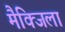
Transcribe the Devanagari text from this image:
मैक्जिला